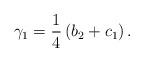
LaTeX: \begin{align*}\gamma_1=\frac{1}{4}\left(b_2+c_1\right).\end{align*}